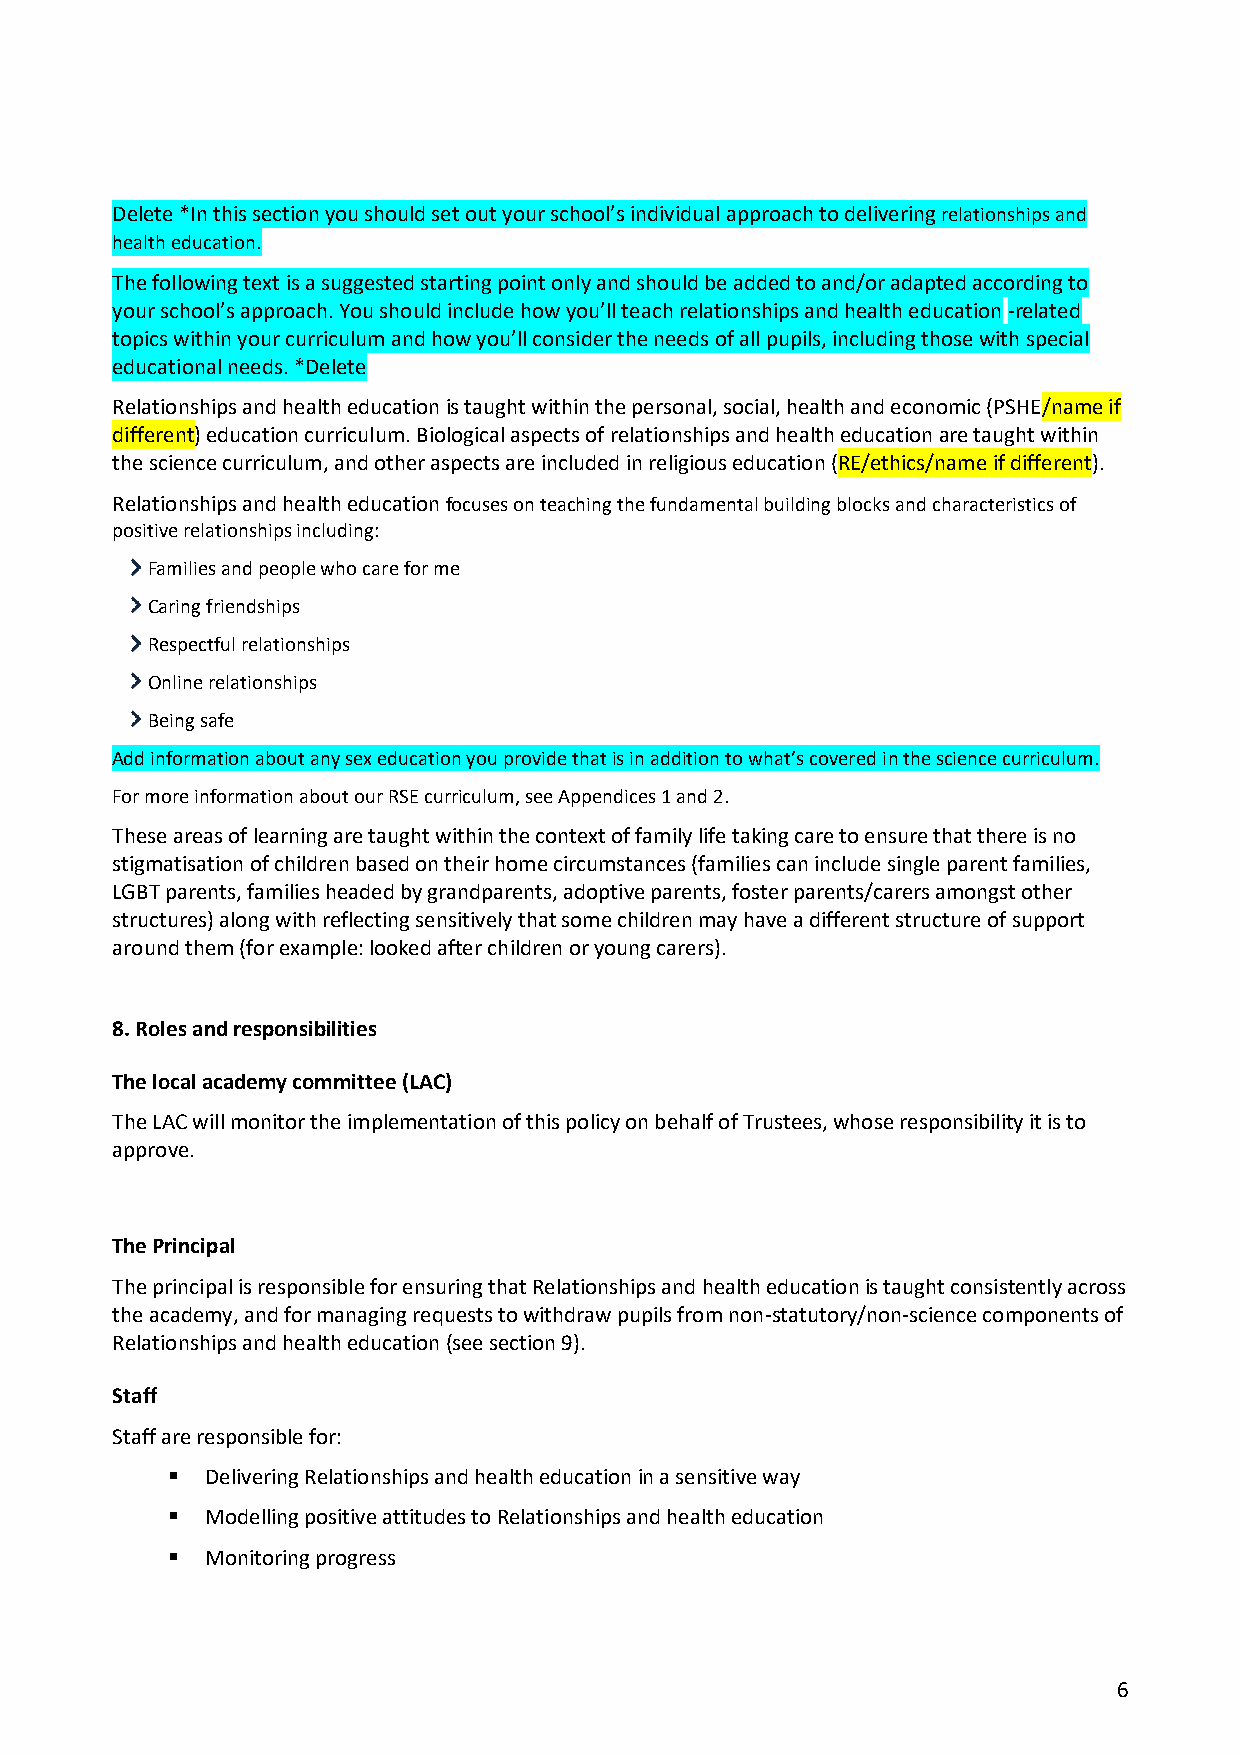
Delete *In this section you should set out your school’s individual approach to delivering relationships and
 health education.
 The following text is a suggested starting point only and should be added to and/or adapted according to
 your school’s approach. You should include how you’ll teach relationships and health education -related
 topics within your curriculum and how you’ll consider the needs of all pupils, including those with special
 educational needs. *Delete
 Relationships and health education is taught within the personal, social, health and economic (PSHE/name if
 different) education curriculum. Biological aspects of relationships and health education are taught within
 the science curriculum, and other aspects are included in religious education (RE/ethics/name if different).
 Relationships and health education focuses on teaching the fundamental building blocks and characteristics of
 positive relationships including:
 Families and people who care for me
 Caring friendships
 Respectful relationships
 Online relationships
 Being safe
 Add information about any sex education you provide that is in addition to what’s covered in the science curriculum.
 For more information about our RSE curriculum, see Appendices 1 and 2.
 These areas of learning are taught within the context of family life taking care to ensure that there is no
 stigmatisation of children based on their home circumstances (families can include single parent families,
 LGBT parents, families headed by grandparents, adoptive parents, foster parents/carers amongst other
 structures) along with reflecting sensitively that some children may have a different structure of support
 around them (for example: looked after children or young carers).
 8. Roles and responsibilities
 The local academy committee (LAC)
 The LAC will monitor the implementation of this policy on behalf of Trustees, whose responsibility it is to
 approve.
 The Principal
 The principal is responsible for ensuring that Relationships and health education is taught consistently across
 the academy, and for managing requests to withdraw pupils from non-statutory/non-science components of
 Relationships and health education (see section 9).
 Staff
 Staff are responsible for:
 ▪  Delivering Relationships and health education in a sensitive way
 ▪  Modelling positive attitudes to Relationships and health education
 ▪  Monitoring progress
 6